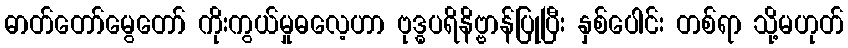
ဓာတ်တော်မွေတော် ကိုးကွယ်မှုဓလေ့ဟာ ဗုဒ္ဓပရိနိဗ္ဗာန်ပြုပြီး နှစ်ပေါင်း တစ်ရာ သို့မဟုတ်